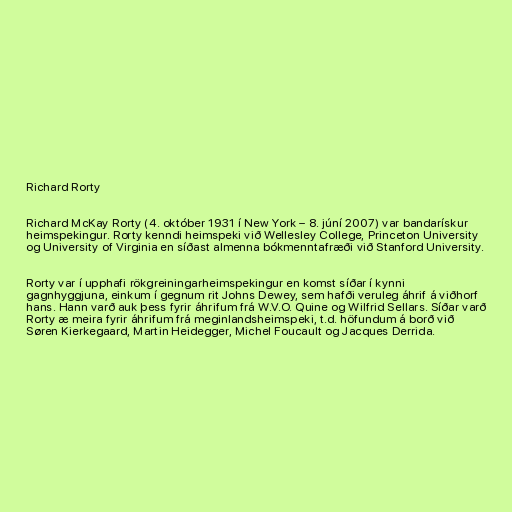
Richard Rorty

Richard McKay Rorty (4. október 1931 í New York – 8. júní 2007) var bandarískur
heimspekingur. Rorty kenndi heimspeki við Wellesley College, Princeton University
og University of Virginia en síðast almenna bókmenntafræði við Stanford University.

Rorty var í upphafi rökgreiningarheimspekingur en komst síðar í kynni
gagnhyggjuna, einkum í gegnum rit Johns Dewey, sem hafði veruleg áhrif á viðhorf
hans. Hann varð auk þess fyrir áhrifum frá W.V.O. Quine og Wilfrid Sellars. Síðar varð
Rorty æ meira fyrir áhrifum frá meginlandsheimspeki, t.d. höfundum á borð við
Søren Kierkegaard, Martin Heidegger, Michel Foucault og Jacques Derrida.